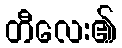
တီလေး၏